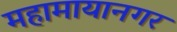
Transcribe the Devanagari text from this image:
महामायानगर